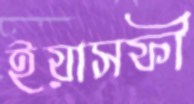
ইয়াসফী